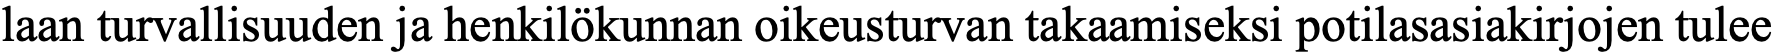
laan turvallisuuden ja henkilökunnan oikeusturvan takaamiseksi potilasasiakirjojen tulee